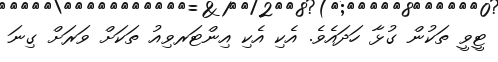
ޓީވީ ތަކުން ގުޅާ ހަދައެވެ. އެކި އެކި އިންޓަރވިއު ތަކަށް ވަރަށް ގިނަ